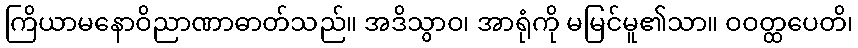
ကြိယာမနောဝိညာဏာဓာတ်သည်။ အဒိသွာဝ၊ အာရုံကို မမြင်မူ၏သာ။ ဝဝတ္ထပေတိ၊